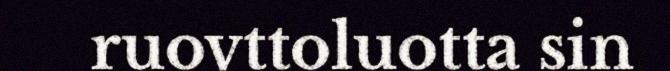
ruovttoluotta sin